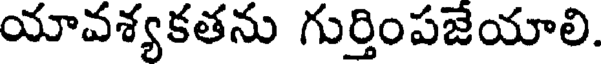
యావశ్యకతను గుర్తింపజేయాలి.